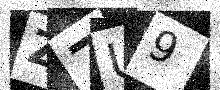
Text: Z7U9